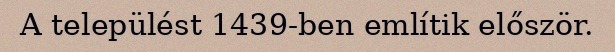
A települést 1439-ben említik először.